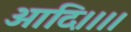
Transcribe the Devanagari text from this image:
आदि।।।।